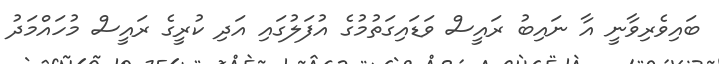
ބައިވެރިވާނީ އާ ނައިބު ރައީސް ވަޑައިގަތުމުގެ އުފަލުގައި އަދި ކުރީގެ ރައީސް މުހައްމަދު